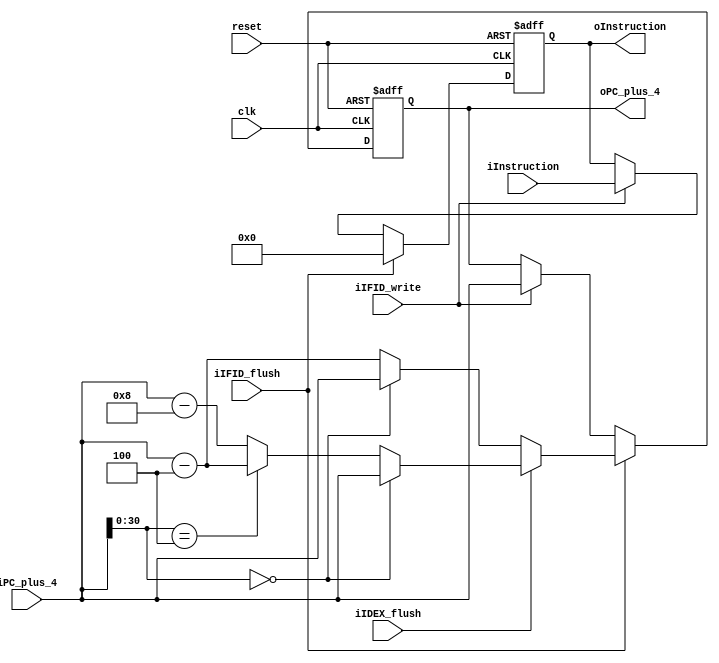
`timescale 1ns / 1ps

module IFID_reg(
        clk,
        reset,
        iPC_plus_4,
        iInstruction,
        iIFID_write,
        iIFID_flush,
        iIDEX_flush,
        oPC_plus_4,
        oInstruction
    );
    
    input clk;
    input reset;
    input [31:0] iPC_plus_4;
    input [31:0] iInstruction;
    input iIFID_write;
    input iIFID_flush;
    input iIDEX_flush;
    output reg [31:0] oInstruction;
    output reg [31:0] oPC_plus_4;
    
    initial begin
    	oInstruction = 32'h00000000;
    	oPC_plus_4 = 32'h00000000;
    end

    always@(posedge clk or posedge reset)
    begin
        if(reset) begin
            oPC_plus_4 <= 32'h80000000;
            oInstruction <= 32'h00000000;
        end
        else
        begin
            if(iIFID_flush) begin
                if(iIDEX_flush)
                    oPC_plus_4 <= (iPC_plus_4[30:0] == 31'b0)? iPC_plus_4:
                                  (iPC_plus_4[30:0] == 31'h4)? iPC_plus_4 - 4: iPC_plus_4 - 8;
                else
                    oPC_plus_4 <= (iPC_plus_4[30:0] == 31'b0)? iPC_plus_4: iPC_plus_4 - 4;
                oInstruction <= 32'h0;
            end
            else
            if(iIFID_write == 1'b1) begin
                oPC_plus_4 <= iPC_plus_4;
                oInstruction <= iInstruction;
            end
        end
    end
endmodule